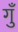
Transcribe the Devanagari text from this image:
गुँ